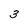
Character: 3